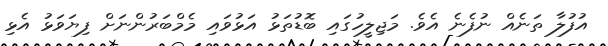
އުފުލާ ތަނެއް ނުފެނެ އެވެ. މަޖިލީހުގައި ބޮޑުތަޅު އަޅުވައި މެމްބަރުންނަށް ފިޔަވަޅު އެޅި